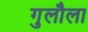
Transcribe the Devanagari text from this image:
गुलौला